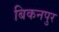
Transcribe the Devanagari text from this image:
बिकनपुर